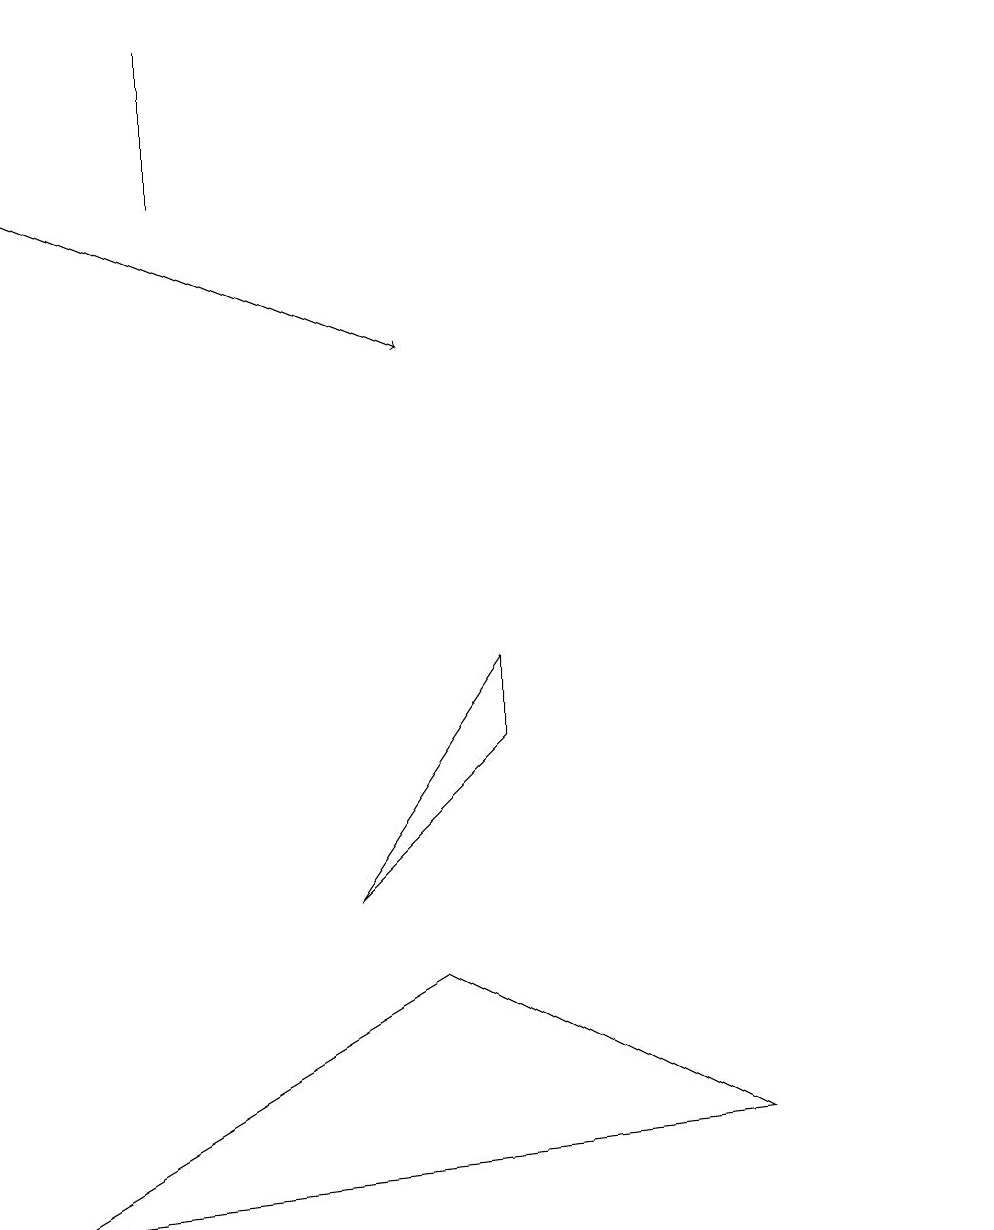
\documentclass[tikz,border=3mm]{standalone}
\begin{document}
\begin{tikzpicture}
\draw (2,13) rectangle (2,15);
\draw (0,0) -- (5,3) -- (9,1) -- cycle;
\draw (12,11) circle (0);
\draw[->] (0,13) -- (5,11);
\draw (6,7) -- (4,4) -- (6,6) -- cycle;
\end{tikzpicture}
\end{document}